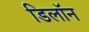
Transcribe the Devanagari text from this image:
डिलॉन